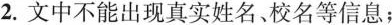
2.文中不能出现真实姓名、校名等信息；